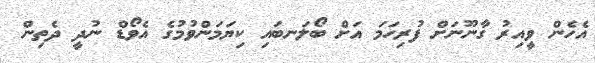
އެހެން ވީއިރު ގާނޫނަށް ފުރިހަމަ އަށް ބޯލަނބައި ކިޔަމަންވުމުގެ އެވޯޑް ނުދީ ދެތިން